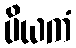
ပိယကံ